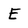
Character: E